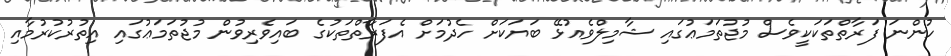
ހުންނަ ފަރާތްތަކަކީވެސް މުޖުތަމަޢުގައި ޝާމިލްވެއުޅޭ ބަޔަކަށް ހެދުމަށް އެފަރާތްތަކުގެ ބައިވެރިވުން މުޖުތަމަޢުގައި އިތުރުކުރުމާއި